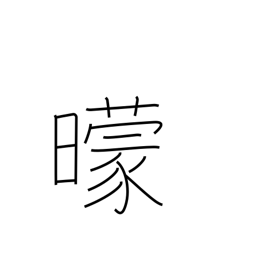
Meaning: darkness